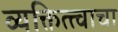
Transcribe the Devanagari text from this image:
व्यक्तित्त्वाचा